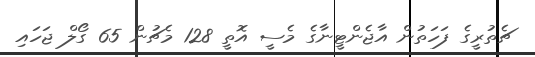
ޗެތުރީގެ ފަހަތުން އާޖެންޓީނާގެ މެސީ އޮތީ 128 މެޗުން 65 ގޯލް ޖަހައި